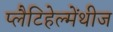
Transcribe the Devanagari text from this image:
प्लैटिहेल्मेंथीज